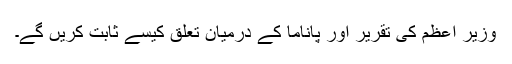
وزیر اعظم کی تقریر اور پاناما کے درمیان تعلق کیسے ثابت کریں گے۔